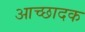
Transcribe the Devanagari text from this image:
आच्छादक